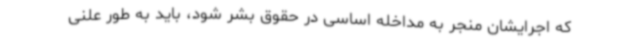
که اجرایشان منجر به مداخله اساسی در حقوق بشر شود، باید به طور علنی